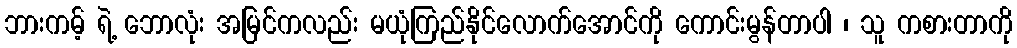
ဘားကမ့် ရဲ့ ဘောလုံး အမြင်ကလည်း မယုံကြည်နိုင်လောက်အောင်ကို ကောင်းမွန်တာပါ ၊ သူ ကစားတာကို